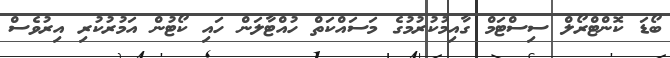
ބޯޑަ ކޮންޓްރޯލް ސިސްޓަމް ގާއިމުކުރުމުގެ މަސައްކަތް ހުއްޓާލަން ހައި ކޯޓުން އަމުރުކުރި އިރުވެސް